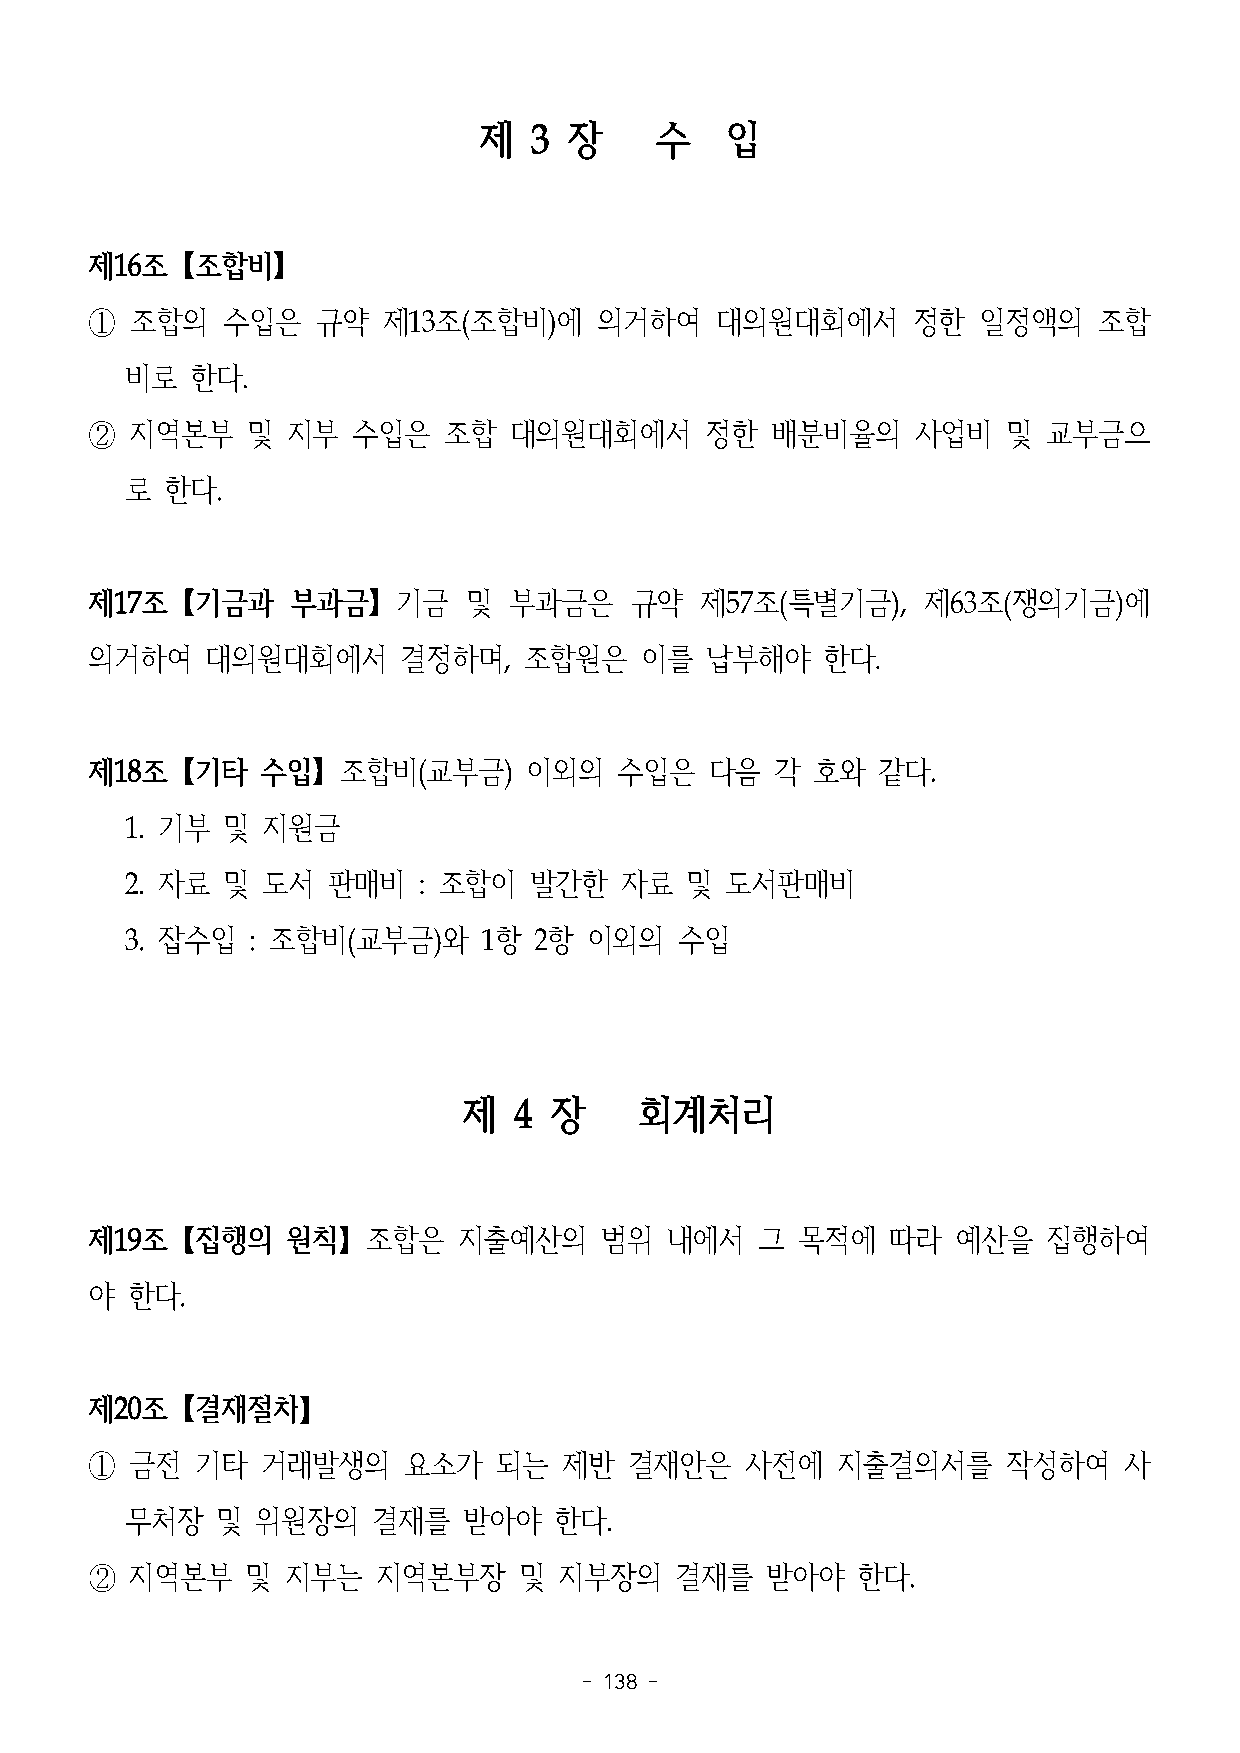
제  3  장    수    입
 제16조【조합비】
 ①  조합의   수입은   규약  제13조(조합비)에     의거하여   대의원대회에서      정한   일정액의    조합
 비로   한다.
 ②  지역본부   및  지부  수입은   조합   대의원대회에서      정한  배분비율의     사업비   및 교부금으
 로  한다.
 제17조【기금과     부과금】기금      및  부과금은    규약  제57조(특별기금),    제63조(쟁의기금)에
 의거하여    대의원대회에서     결정하며,    조합원은   이를   납부해야   한다.
 제18조【기타    수입】조합비(교부금)       이외의   수입은   다음  각  호와  같다.
 1. 기부  및 지원금
 2. 자료  및 도서   판매비   : 조합이  발간한   자료  및  도서판매비
 3. 잡수입  : 조합비(교부금)와     1항 2항  이외의   수입
 제  4 장     회계처리
 제19조【집행의     원칙】조합은     지출예산의     범위  내에서   그  목적에   따라  예산을   집행하여
 야 한다.
 제20조【결재절차】
 ①  금전  기타  거래발생의     요소가   되는  제반   결재안은   사전에   지출결의서를      작성하여   사
 무처장   및  위원장의    결재를   받아야   한다.
 ②  지역본부   및  지부는   지역본부장    및  지부장의    결재를   받아야   한다.
 - 138 -